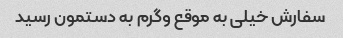
سفارش خیلی به موقع و‌گرم به دستمون رسید